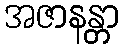
အဇာနန္တာ